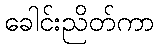
ခေါင်းညိတ်ကာ